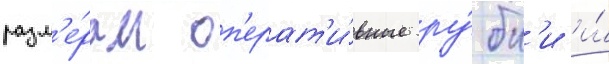
разм'е́рам оп'ерат'и́вные ру́бк'и и́